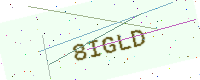
Text: 8IGLD